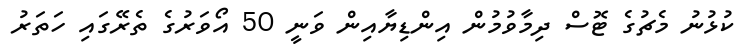
ކުޅުނު މެޗުގެ ޓޮސް ދިމާވުމުން އިންޑިޔާއިން ވަނީ 50 އޯވަރުގެ ތެރޭގައި ހަތަރު